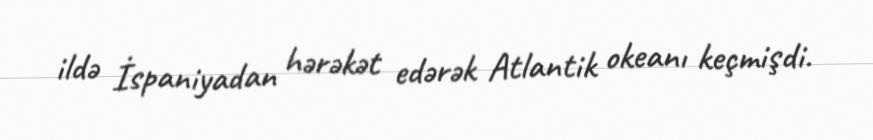
ildə İspaniyadan hərəkət edərək Atlantik okeanı keçmişdi.